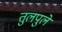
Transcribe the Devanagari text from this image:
तुलपुले